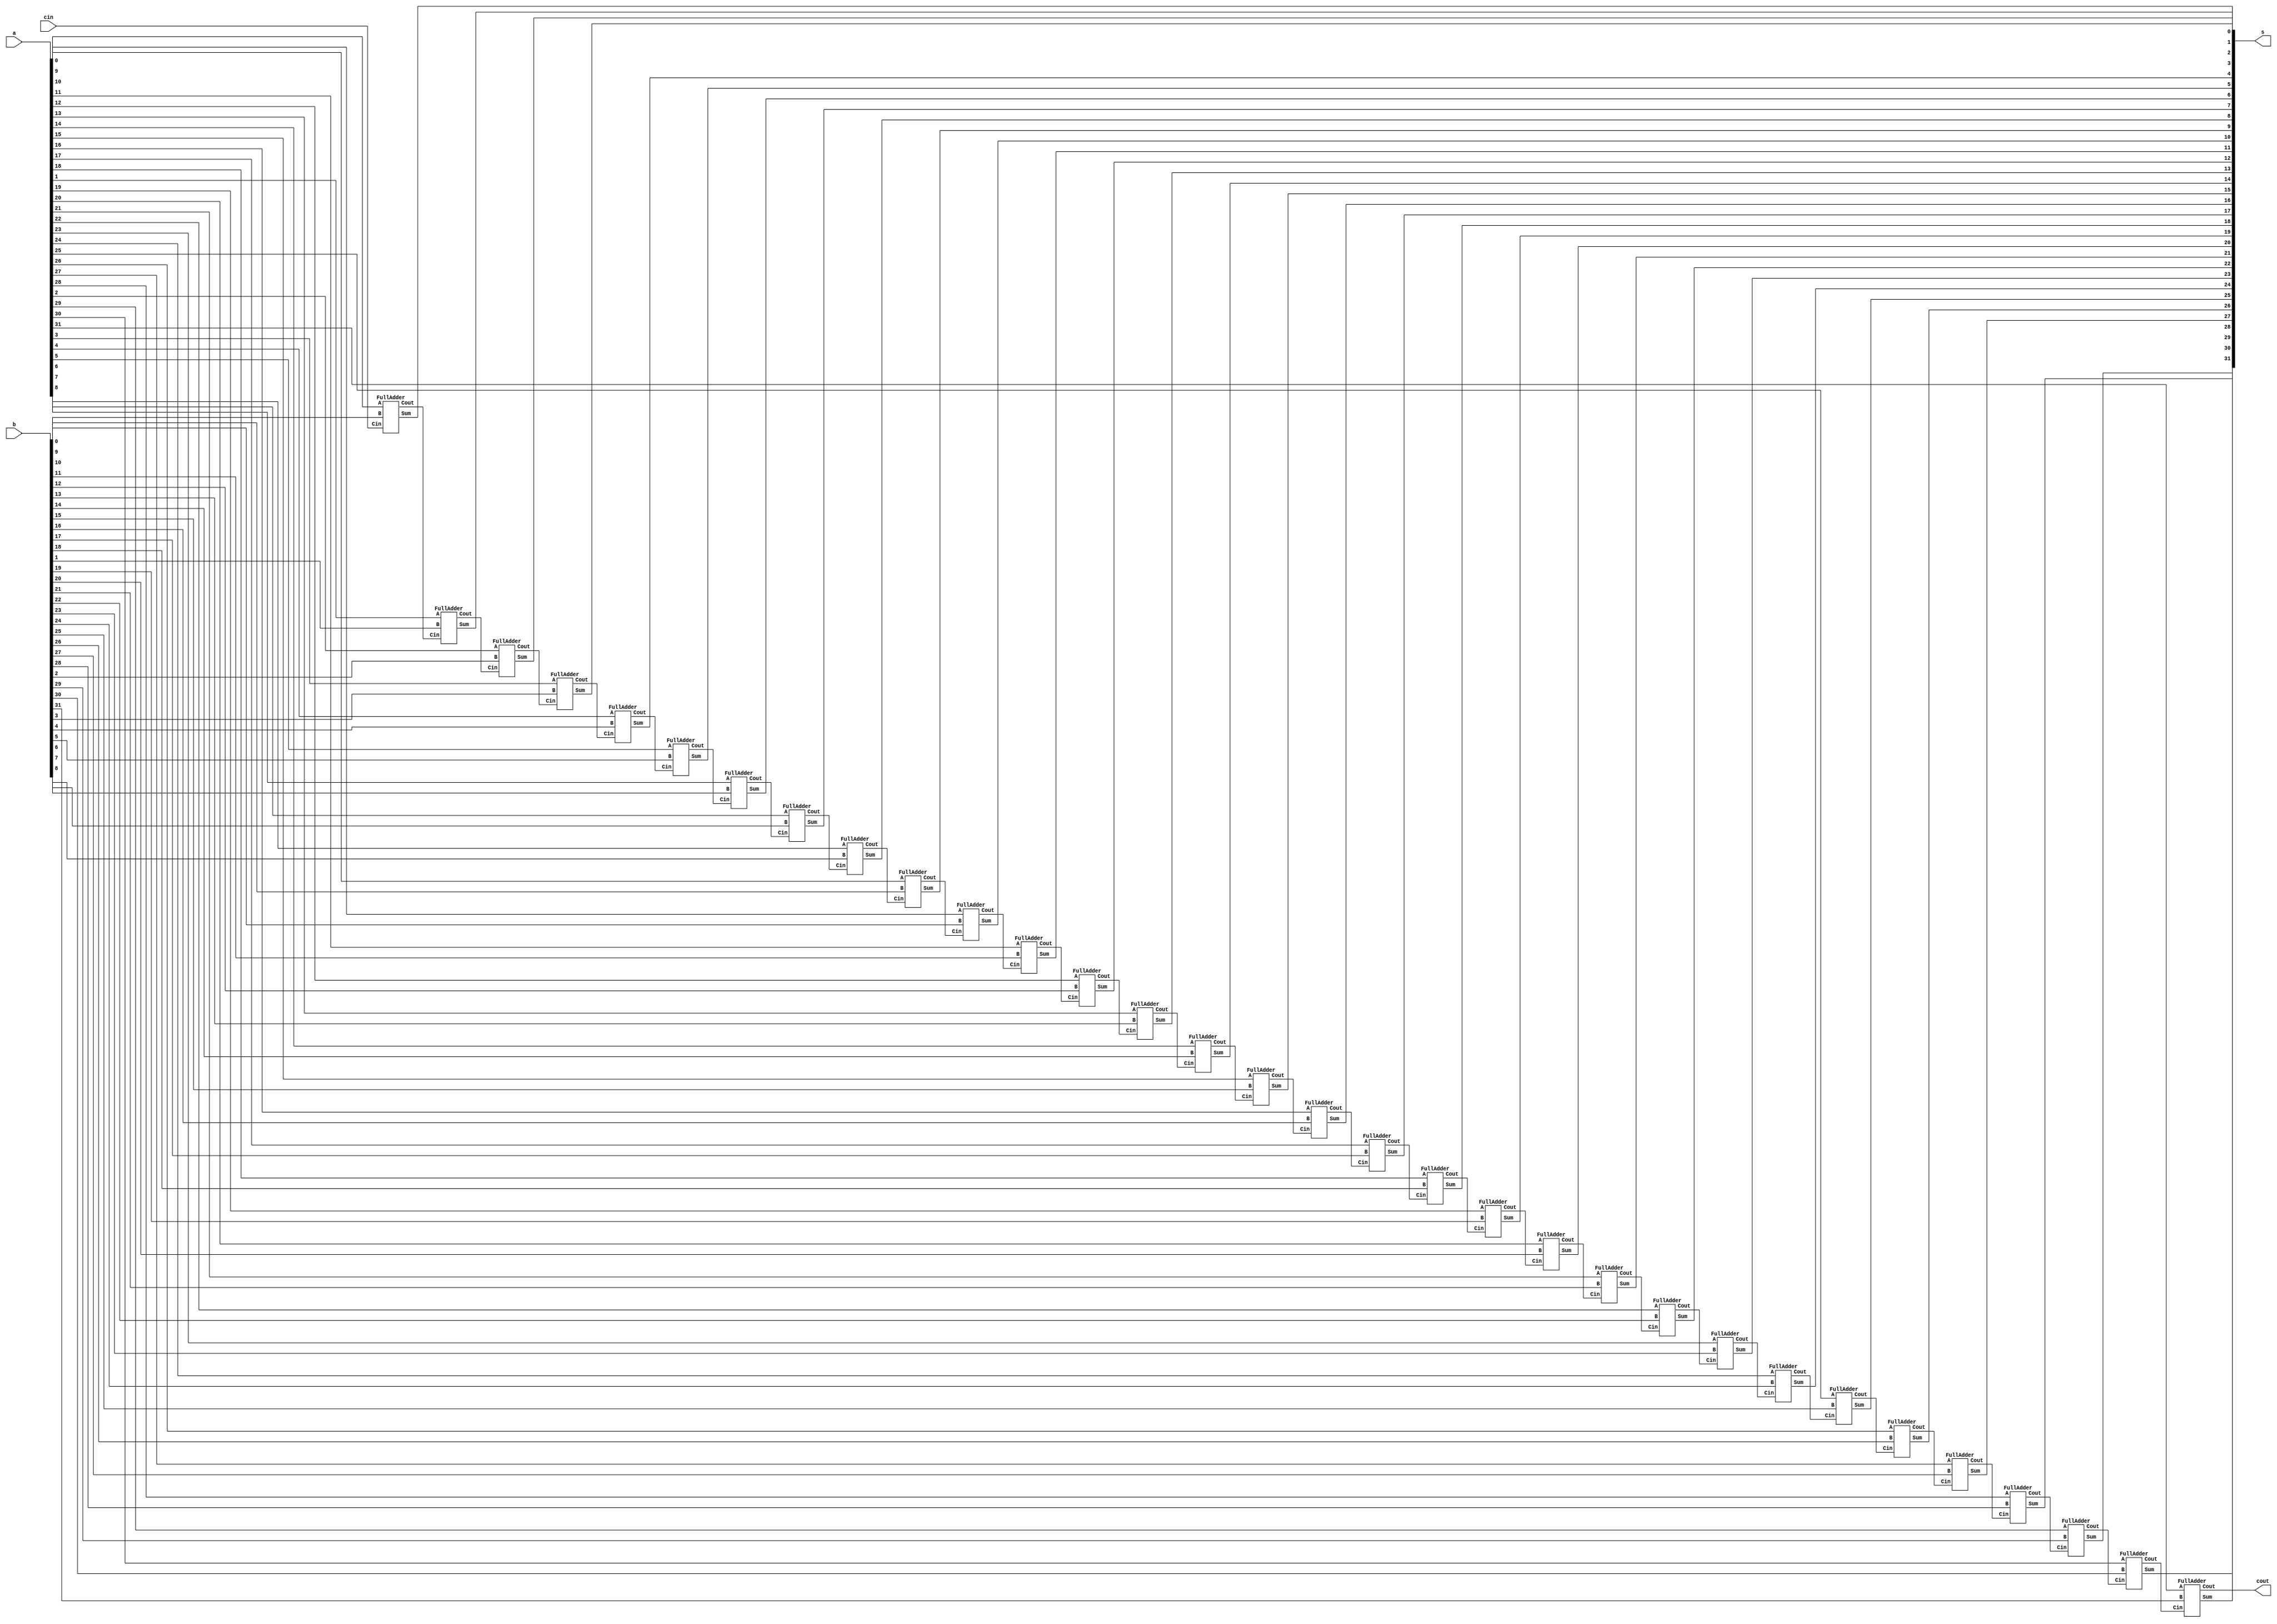
module RippleCarryAdder (
  input [31:0] a, 
  input [31:0] b, 
  input cin,    
  output  [31:0] s,
  output  cout  
);

wire c1,c2,c3,c4,c5,c6,c7,c8,c9,c10,c11,c12,c13,c14,c15,c16,c17,c18,c19,c20,c21,c22,c23,c24,c26,c27,c28,c29,c30,c31,c32;
            FullAdder bit1(c1,s[0],a[0],b[0],cin);
            FullAdder bit2(c2,s[1],a[1],b[1],c1);
            FullAdder bit3(c3,s[2],a[2],b[2],c2);
            FullAdder bit4(c4,s[3],a[3],b[3],c3);
            FullAdder bit5(c5,s[4],a[4],b[4],c4);
            FullAdder bit6(c6,s[5],a[5],b[5],c5);
            FullAdder bit7(c7,s[6],a[6],b[6],c6);
            FullAdder bit8(c8,s[7],a[7],b[7],c7);
            FullAdder bit9(c9,s[8],a[8],b[8],c8);
            FullAdder bit10(c10,s[9],a[9],b[9],c9);
            FullAdder bit11(c11,s[10],a[10],b[10],c10);
            FullAdder bit12(c12,s[11],a[11],b[11],c11);
            FullAdder bit13(c13,s[12],a[12],b[12],c12);
            FullAdder bit14(c14,s[13],a[13],b[13],c13);
            FullAdder bit15(c15,s[14],a[14],b[14],c14);
            FullAdder bit16(c16,s[15],a[15],b[15],c15);
            FullAdder bit17(c17,s[16],a[16],b[16],c16);
            FullAdder bit18(c18,s[17],a[17],b[17],c17);
            FullAdder bit19(c19,s[18],a[18],b[18],c18);
            FullAdder bit20(c20,s[19],a[19],b[19],c19);
            FullAdder bit21(c21,s[20],a[20],b[20],c20);
            FullAdder bit22(c22,s[21],a[21],b[21],c21);
            FullAdder bit23(c23,s[22],a[22],b[22],c22);
            FullAdder bit24(c24,s[23],a[23],b[23],c23);
            FullAdder bit25(c25,s[24],a[24],b[24],c24);
            FullAdder bit26(c26,s[25],a[25],b[25],c25);
            FullAdder bit27(c27,s[26],a[26],b[26],c26);
            FullAdder bit28(c28,s[27],a[27],b[27],c27);
            FullAdder bit29(c29,s[28],a[28],b[28],c28);
            FullAdder bit30(c30,s[29],a[29],b[29],c29);
            FullAdder bit31(c31,s[30],a[30],b[30],c30);
	    FullAdder bit32(c32,s[31],a[31],b[31],c31);
assign cout = c32;
endmodule
module FullAdder (
    output Cout,
    output Sum,
    input A,
    input B,
    input Cin

);

assign Sum = A ^ B ^ Cin;
assign Cout = (A & B) | (Cin & (A ^ B));

endmodule